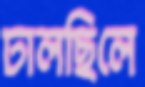
ঢালছিলে